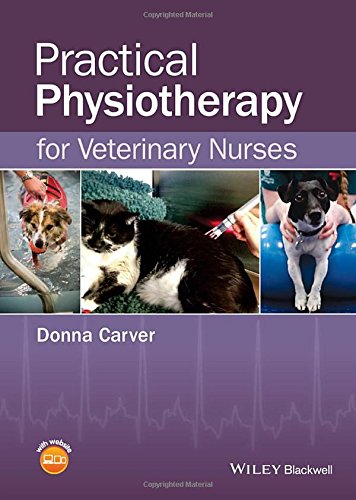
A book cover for Practical Physiotherapy for Veterinary Nurses; Donna Carver; Medical Books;